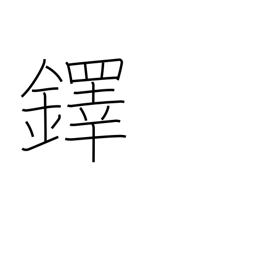
Meaning: large hand bell